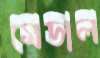
মেডাল